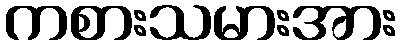
ကစားသမားအား